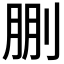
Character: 𠜳